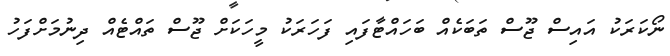
ނޯކަރަކު އައިސް ޖޫސް ތަބަކެއް ބަހައްޓާފައި ފަހަރަކު މީހަކަށް ޖޫސް ތައްޓެއް ދިނުމަށްފަހު